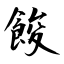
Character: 餕